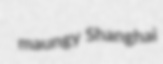
maungy Shanghai